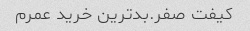
کیفت صفر.بدترین خرید عمرم